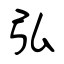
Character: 弘